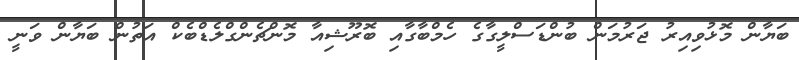
ބަޔާން މޮޅުވިއިރު ޖަރުމަން ބުންޑަސްލީގާގެ ހެމްބާގާއި ބޮރޫޝިއާ މޮންޗެންގްލެޑްބެކް އަތުން ބަޔާން ވަނީ